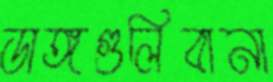
ডাঙ্গগুলিবানা